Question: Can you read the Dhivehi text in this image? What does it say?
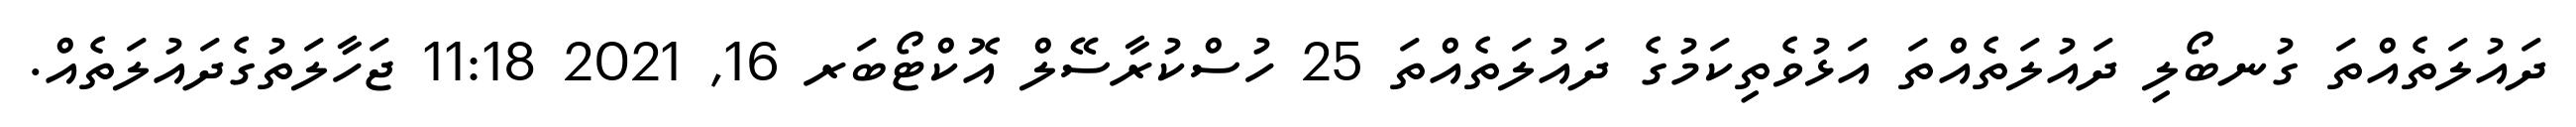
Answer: ދައުލަތެއްތަ ގުނބޯލި ދައުލަތެއްތަ އަޅުވެތިކަމުގެ ދައުލަތެއްތަ 25 ހުސްކުރާސޭލް އޮކްޓޯބަރ 16, 2021 11:18 ޖަހާލަތުގެދައުލަތެއް.